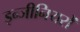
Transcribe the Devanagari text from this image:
इन्जीनियरों